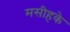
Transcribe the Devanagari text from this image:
मसीहके